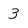
Character: 3